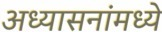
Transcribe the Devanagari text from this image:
अध्यासनांमध्ये